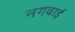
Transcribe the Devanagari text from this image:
नगवाई